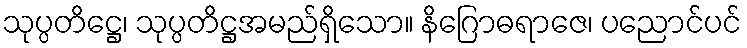
သုပ္ပတိဋ္ဌေ၊ သုပ္ပတိဋ္ဌအမည်ရှိသော။ နိဂြောဓရာဇေ၊ ပညောင်ပင်